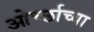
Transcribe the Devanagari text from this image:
ओर्च्छाच्या